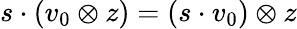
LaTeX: s\cdot(v_{0}\otimes z)=(s\cdot v_{0})\otimes z